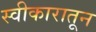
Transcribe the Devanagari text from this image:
स्वीकारातून